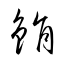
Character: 鋗